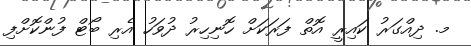
މ. ދިއްގަރު ކައިރީ އޮތް ފަރަކަށް ހޮނިހިރު ދުވަހު އެރި ބޯޓް ފުންކޮށްފި